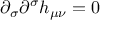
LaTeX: \partial _ { \sigma } \partial ^ { \sigma } h _ { \mu \nu } = 0